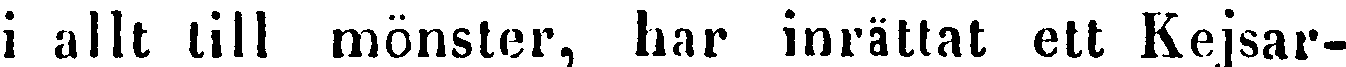
i allt till mönster, har inrättat ett Kejsar-